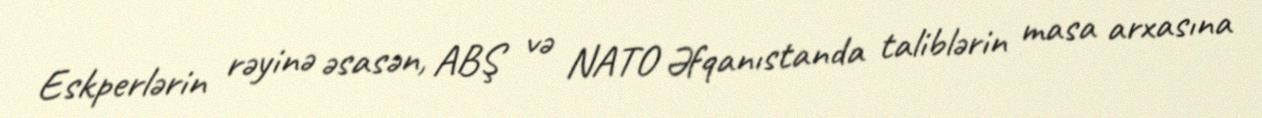
Eskperlərin rəyinə əsasən, ABŞ və NATO Əfqanıstanda taliblərin masa arxasına